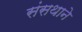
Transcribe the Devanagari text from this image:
संसथाने